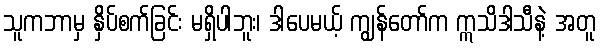
သူကဘာမှ နှိပ်စက်ခြင်း မရှိပါဘူး၊ ဒါပေမယ့် ကျွန်တော်က ဣသိဒါသီနဲ့ အတူ